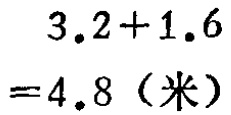
\[

\begin{align*}

&3.2 + 1.6\\

=&4.8（米）

\end{align*}

\]